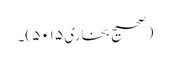
(صحیح بخاری ۵۰۱۵)۔